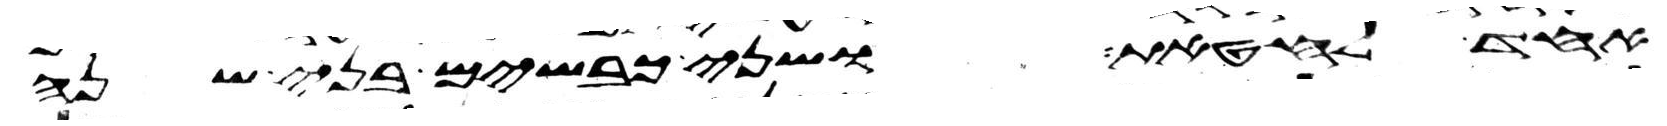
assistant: אחד לחטאת ושני כבשים בני שנה